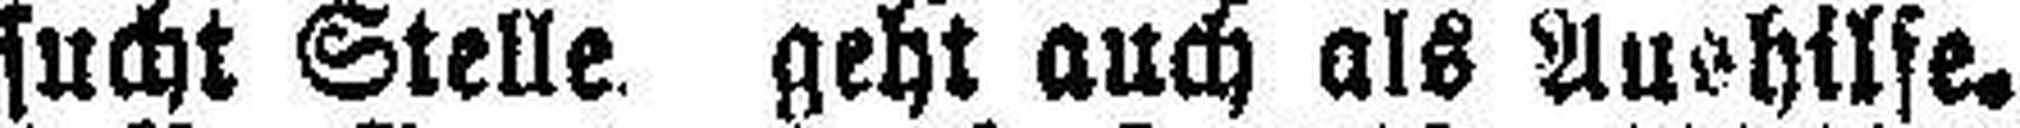
sucht Stelle geht auch als Aushilfe.